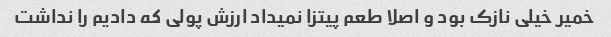
خمیر خیلی نازک بود و اصلا طعم پیتزا نمیداد ارزش پولی که دادیم را نداشت